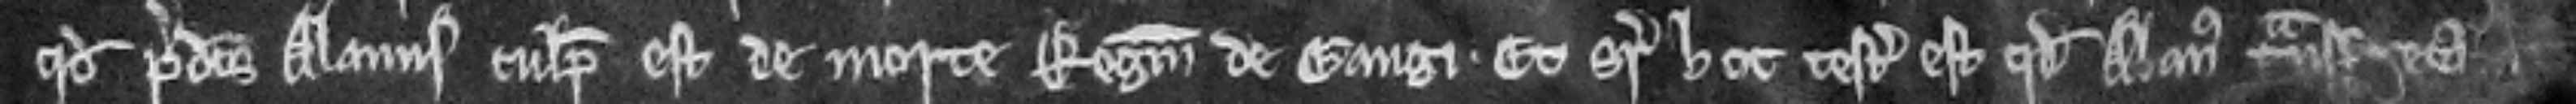
quod predictus Alanus culpabilis est de morte Reginaldus de Gaugi. Et super hoc testatum est quod Alanus transfretavit in